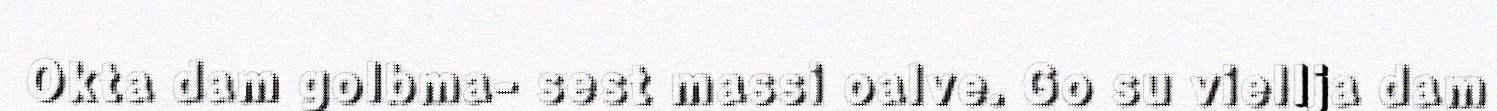
Okta dam golbma- sest massi oalve. Go su viellja dam